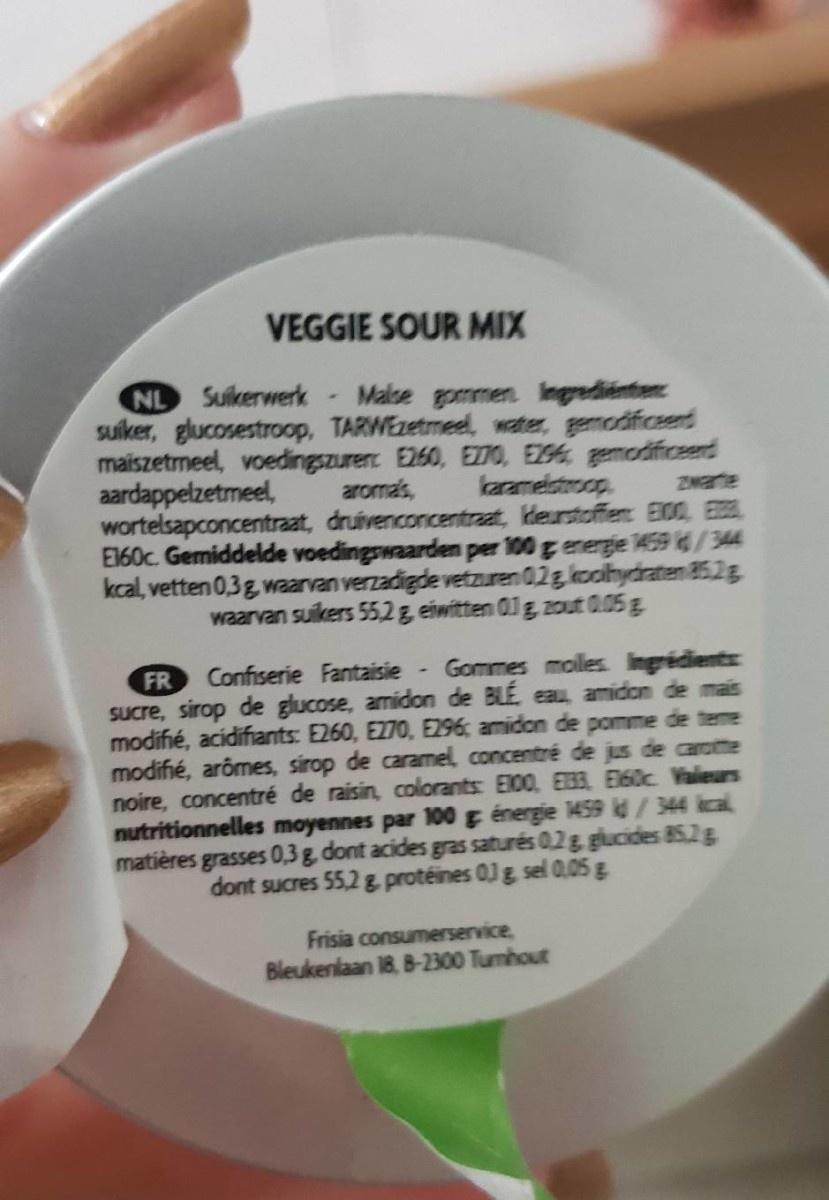
VEGGIE SOUR MIX
NL Suikerwerk
Malse gommen Ingrediénten suiker, glucosestroop, TARWEzetmeel, water, gemodificeet maiszetrmeel, voedingszuren E260, EZ10, EZS6 gemodificeend
aardappelzetmeel,
aromas,
karamelatroop
Zwarte
wortelsapconcentraat, druivenconcentraat, kleurstoffen E00 E E160c. Gemiddelde voedingswaarden per 100 g energie 149/344 kcal, vetten 0,3g waarvan verzadigde vetzuren 0.2g koolhydraten 85.2g waarvan suikers 55,2g eiwitten 01g Zout 0.05g
Confiserie Fantaisie -
Gommes molles. Ingrédients
FR Sucre, sirop de glucose, amidon de BLE eau amidon de mais modifié, acidifiants: E260, E270, E296; amidon de pomme de teme modifié, arômes, sirop de caramel, concentré de jus de carotte noire, concentré de raisin, colorants: E100, E33 E160c Valeurs nutritionnelles moyennes par 100 g énergie 1459 d/344 kcal matières grasses 0,3g dont acides gras saturés 0,2g glucides 85.2g
dont sucres 55,2 g protéines 0Jg sel 0.05g
Frisia consumerservice, Bleukenlaan 18, B-2300 Tumhout